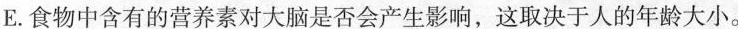
E。食物中含有的营养素对大脑是否会产生影响，这取决于人的年龄大小。